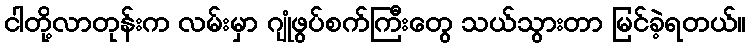
ငါတို့လာတုန်းက လမ်းမှာ ဂျုံဖွပ်စက်ကြီးတွေ သယ်သွားတာ မြင်ခဲ့ရတယ်။